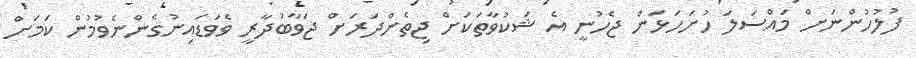
ފުލުހުންނަށް މައްސަލަ ހުށަަހަޅަން ޖެހުނީ އެ ޝަކުވާތަކަށް ޖިތެންދަރަށް ޖަވާބުދާރީ ވެވަޑައިނުގެންނެވުމުން ކަމަށް